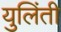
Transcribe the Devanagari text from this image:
युलिंती